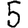
Digit: 5